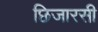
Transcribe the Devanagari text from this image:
छिजारसी